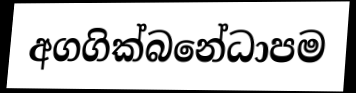
අගගික්බනේධාපම